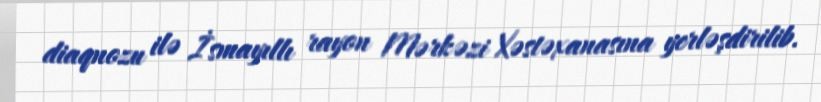
diaqnozu ilə İsmayıllı rayon Mərkəzi Xəstəxanasına yerləşdirilib.